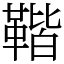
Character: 𩋧